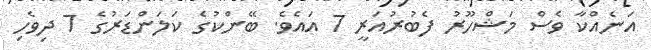
އަނެއްކާ ވެސް މަޝްހޫރު ފެބުރުއަރީ 7 އައެވެ. ބޭންކުގެ ކަލަންޑަރުގެ 7 ދިވެހި